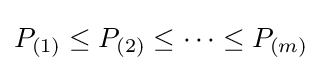
P_{(1)}\leq P_{(2)}\leq \cdots \leq P_{(m)}